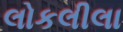
લોકલીલા